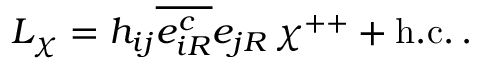
{ \cal L } _ { \chi } = h _ { i j } \overline { { { e _ { i R } ^ { c } } } } e _ { j R } \, \chi ^ { + + } + \mathrm { h . c . } \, .